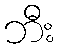
ဘီး